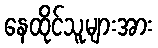
နေထိုင်သူများအား